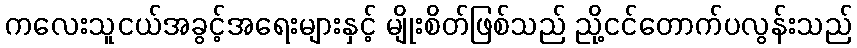
ကလေးသူငယ်အခွင့်အရေးများနှင့် မျိုးစိတ်ဖြစ်သည် ညို့ငင်တောက်ပလွန်းသည်